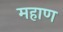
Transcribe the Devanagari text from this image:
महाण